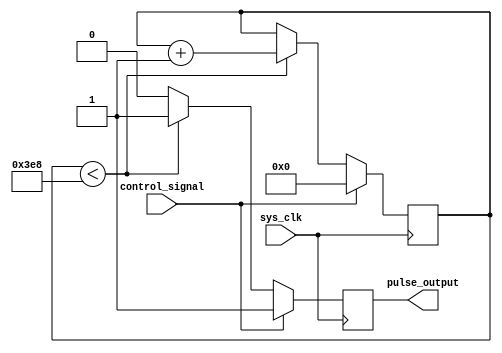
module PulseWidthGenerator(
    input wire sys_clk,
    input wire control_signal,
    output reg pulse_output
);

reg [15:0] pulse_width_counter;

always @(posedge sys_clk) begin
    if(control_signal) begin
        pulse_width_counter <= 16'd0;
        pulse_output <= 1'b1;
    end else begin
        if(pulse_width_counter < 16'd1000) begin // adjust 1000 for desired pulse width
            pulse_width_counter <= pulse_width_counter + 1;
            pulse_output <= 1'b1;
        end else begin
            pulse_output <= 1'b0;
        end
    end
end

endmodule